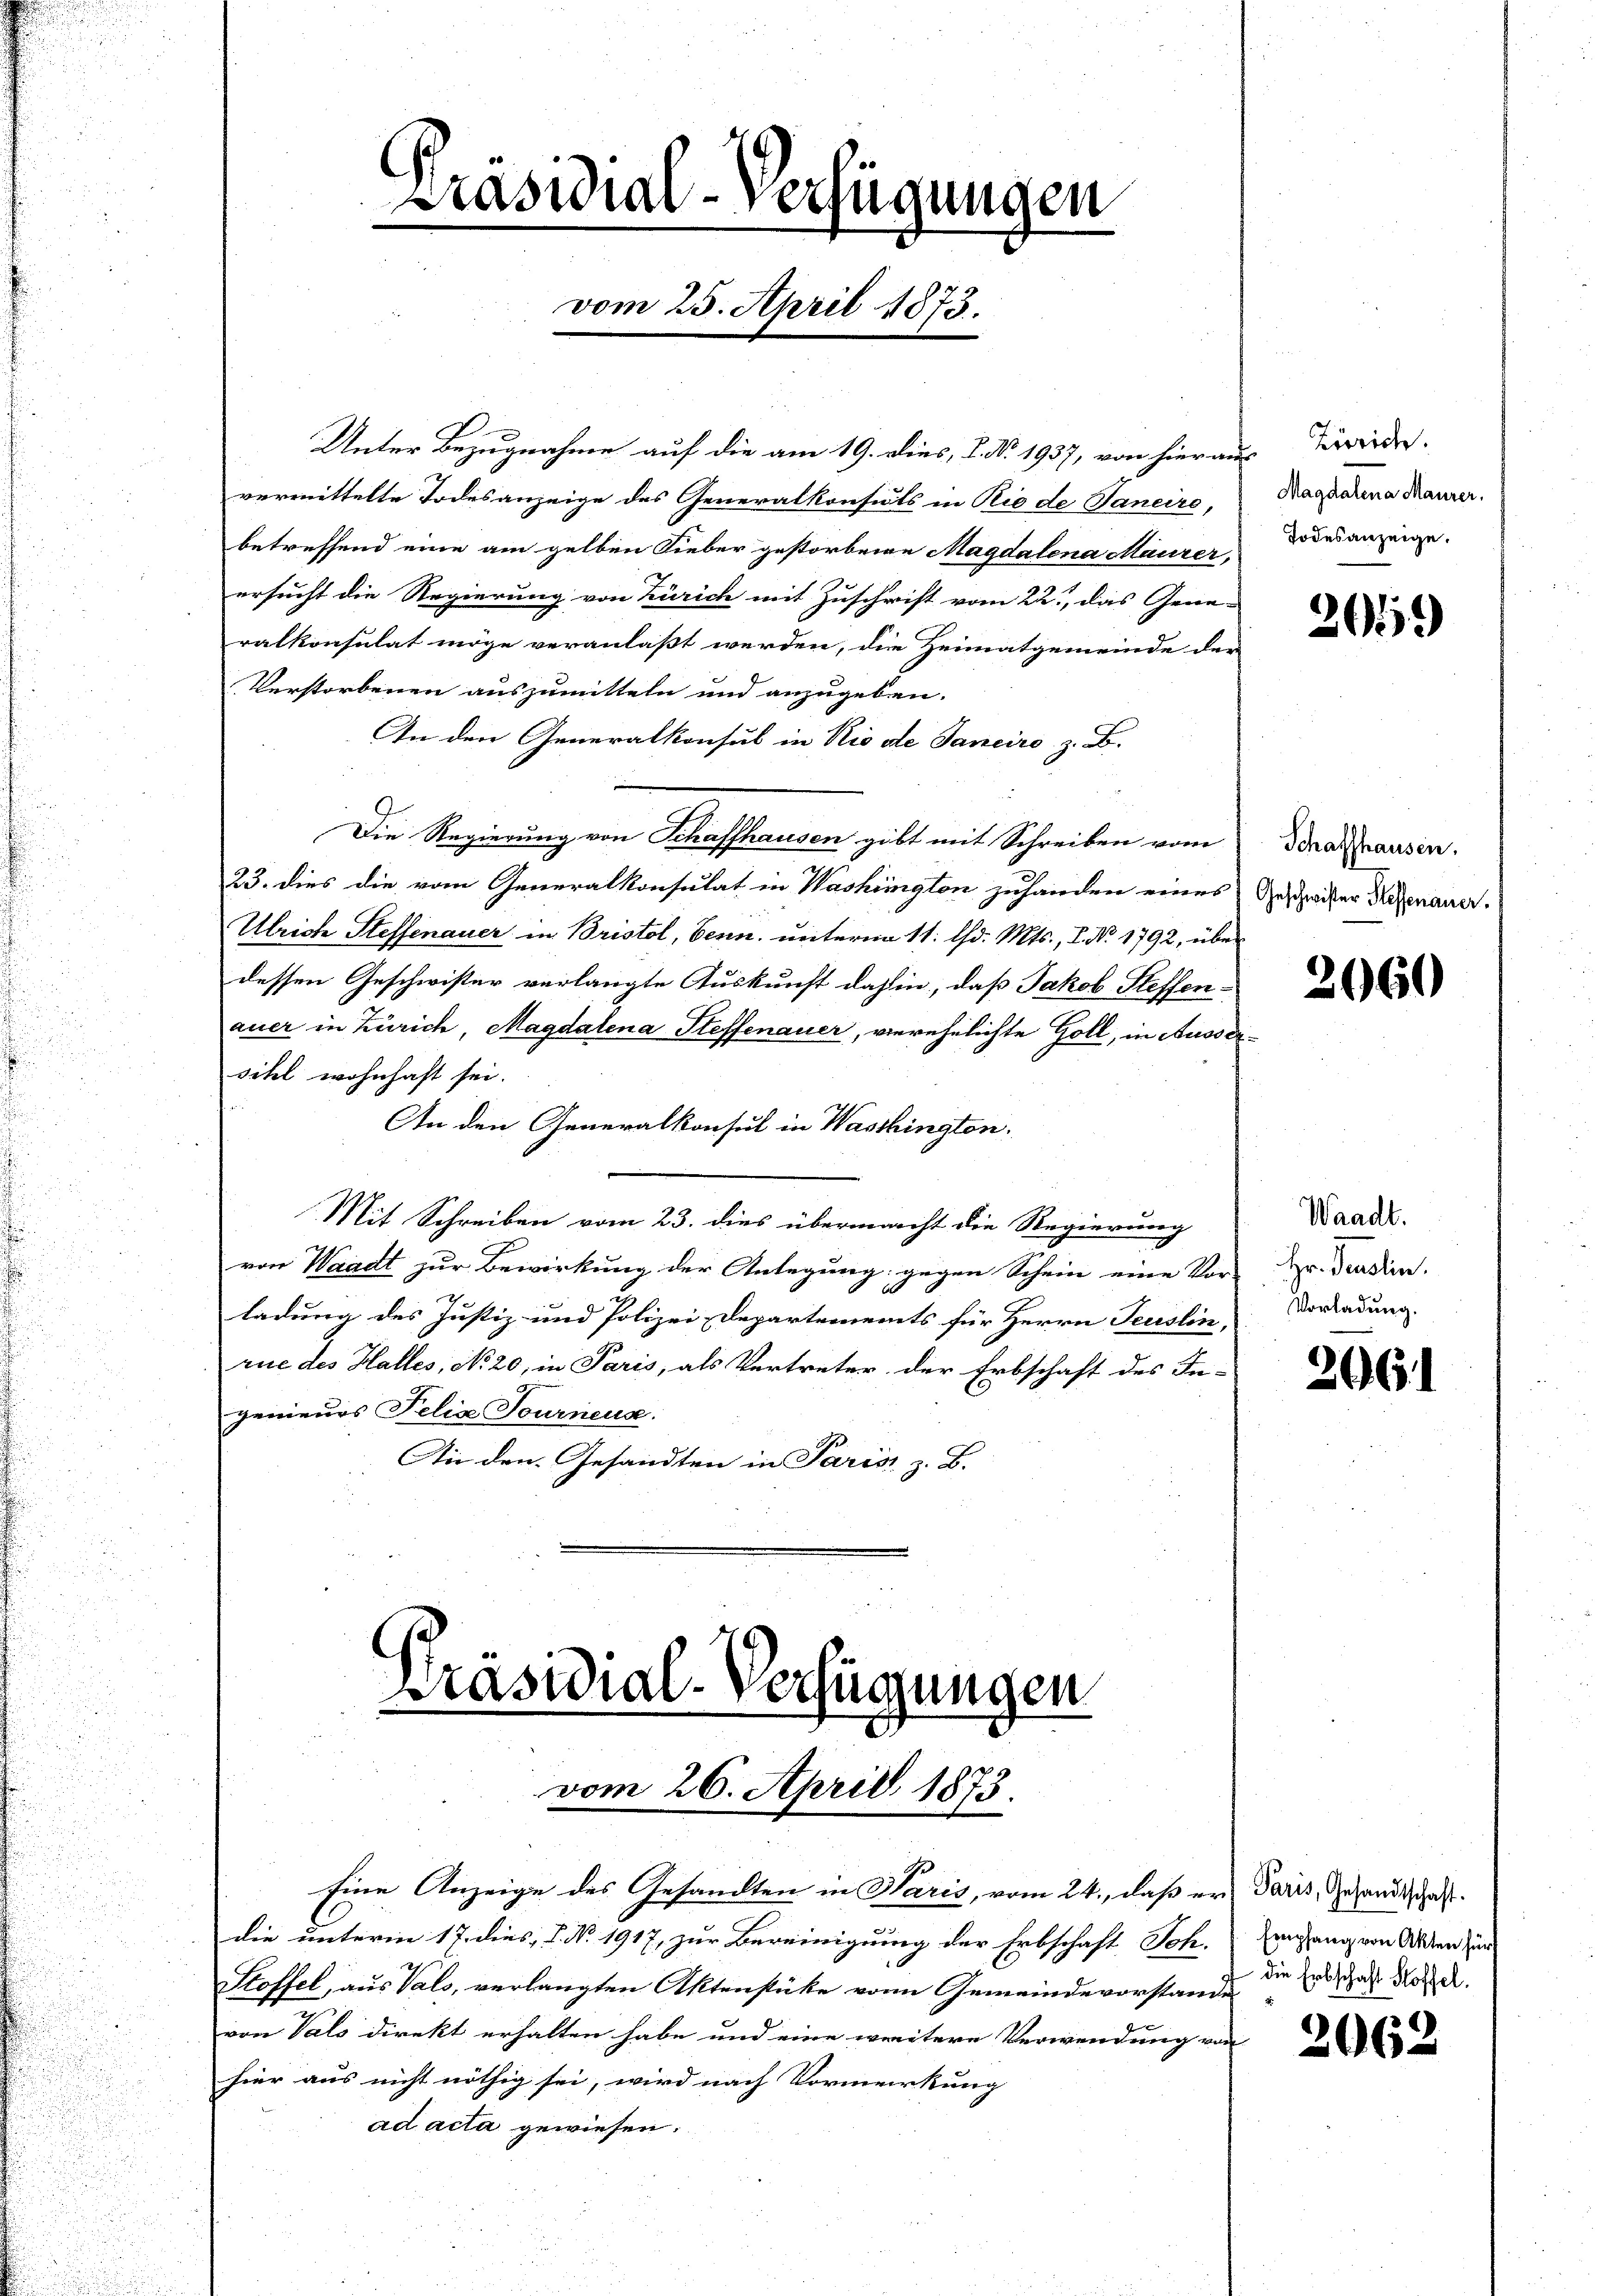
Unter Bezugnahme auf die am 19. dies, 1. No. 1937, von hieraus Freide.
vermittelte Todesanzeige des Generalkonsuls in Rio de Janeire,
betreffend eine am gelben Lieber gestorbene Magdalena Maurer,
ersucht die Regierung von Zürich mit Zuschrift vom 22t, das Gene-
ralkonsulat möge veranlaßt werden, die Heimatgemeinde der
Verstorbenen auszumitteln und anzugeben.
An den Generalkonsul in Rio de Janeiro z. B.
Die Regierung von Schaffhausen gibt mit Schreiben vom
23. dies die vom Generalkonsulat in Washington zuhanden eines Gespriser Regenauer.
Ulrich Steffenauer in Bristol, benn. unterm 11. d. Mts., I. No. 1792, über
dessen Geschwister verlangte Auskunft dahin, daß Jakob Steffenauer in Zürich, Magdalena Steffenauer, vierehelichte Holl, in Aussersihl wohnhaft sei.
An den Generalkonsul in Wasshington.
Mit Schreiben vom 23. dies übermacht die Regierung
von Waadt zur Bewirkung der Anlegung gegen Schein eine Vor-
ladung des Justiz- und Polizei-Departements für Herrn Teuislin,
rue des Halles, No 20, in Paris, als Vertreter der Erbschaft des In-
genieurs Felia Tourneuse.
An den Gesandten in Paris z. B.

Präsidial-Verfügungen
vom 25. April 1873.

Präsidial-Verfügungen
vom 26. Aprill 1873.]

Eine Anzeige des Gesandten in Waris, vom 24., daß er Paris, Gesandtschaftdie unterm 17. dies, 1. No. 1917, zur Bereinigung der Erbschaft Sch.
Stoffel, aus Vals, verlangten Aktenstücke von Gemeindevorstande die Er, das Not u.
von Vals direkt erhalten habe und eine weitere Verwendung von
hier aus nicht nöthig sei, wird nach Vormerkung
ad acta gewiesen.

Magdalena Maurer.
Todesanzeige.

2059

Schaffhausen.

2660

Waadt.
Hr. Penslin.
Vorladung.

2061

Empfang von Akten für

2062